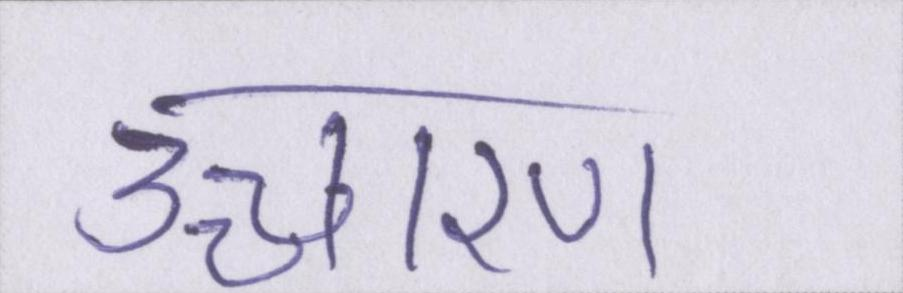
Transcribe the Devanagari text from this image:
उच्चारण